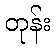
တုန်း